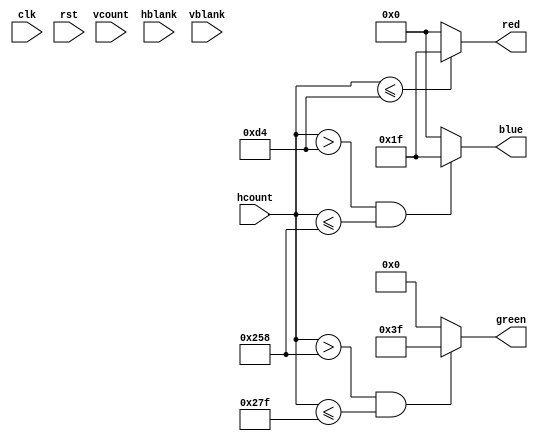
`timescale 1ns / 1ps
//////////////////////////////////////////////////////////////////////////////////
// 
// Design Name: Pixel Logic
// Module Name: PixelLogic
// Project Name: VGA IP
// Target Devices: xc7z010clg400-1
// Tool Versions: Vivado 2014.1
// Description: 
// 
//////////////////////////////////////////////////////////////////////////////////

module PixelLogic(
    input wire clk, rst,
    input wire [9:0] hcount, vcount,
    input wire hblank, vblank,
    output wire [4:0] red, blue,
    output wire [5:0] green
);

    assign blanking = hblank | vblank;
    assign red = (hcount <= 212) ? 5'b11111 : 5'b0;
    assign blue = (hcount > 212 && hcount <= 600) ? 5'b11111 : 5'b0;
    assign green = (hcount > 600 && hcount <= 639) ? 6'b111111 : 6'b0;

endmodule